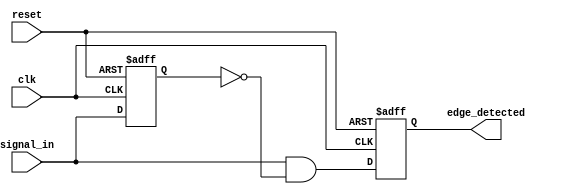
module edge_detector (
    input wire clk,            // Clock signal
    input wire reset,          // Reset signal
    input wire signal_in,      // Input signal to monitor for rising edges
    output reg edge_detected   // Output signal indicating a rising edge
);

    reg signal_in_prev;        // Register to hold the previous state of the input signal

    // On every clock edge
    always @(posedge clk or posedge reset) begin
        if (reset) begin
            // Reset condition
            signal_in_prev <= 1'b0; // Initialize previous state
            edge_detected <= 1'b0;   // Initialize edge detected output
        end else begin
            // Edge detection logic
            edge_detected <= (signal_in & ~signal_in_prev); // High if current is 1 and previous is 0
            signal_in_prev <= signal_in; // Update previous state
        end
    end

endmodule